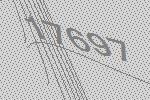
17697